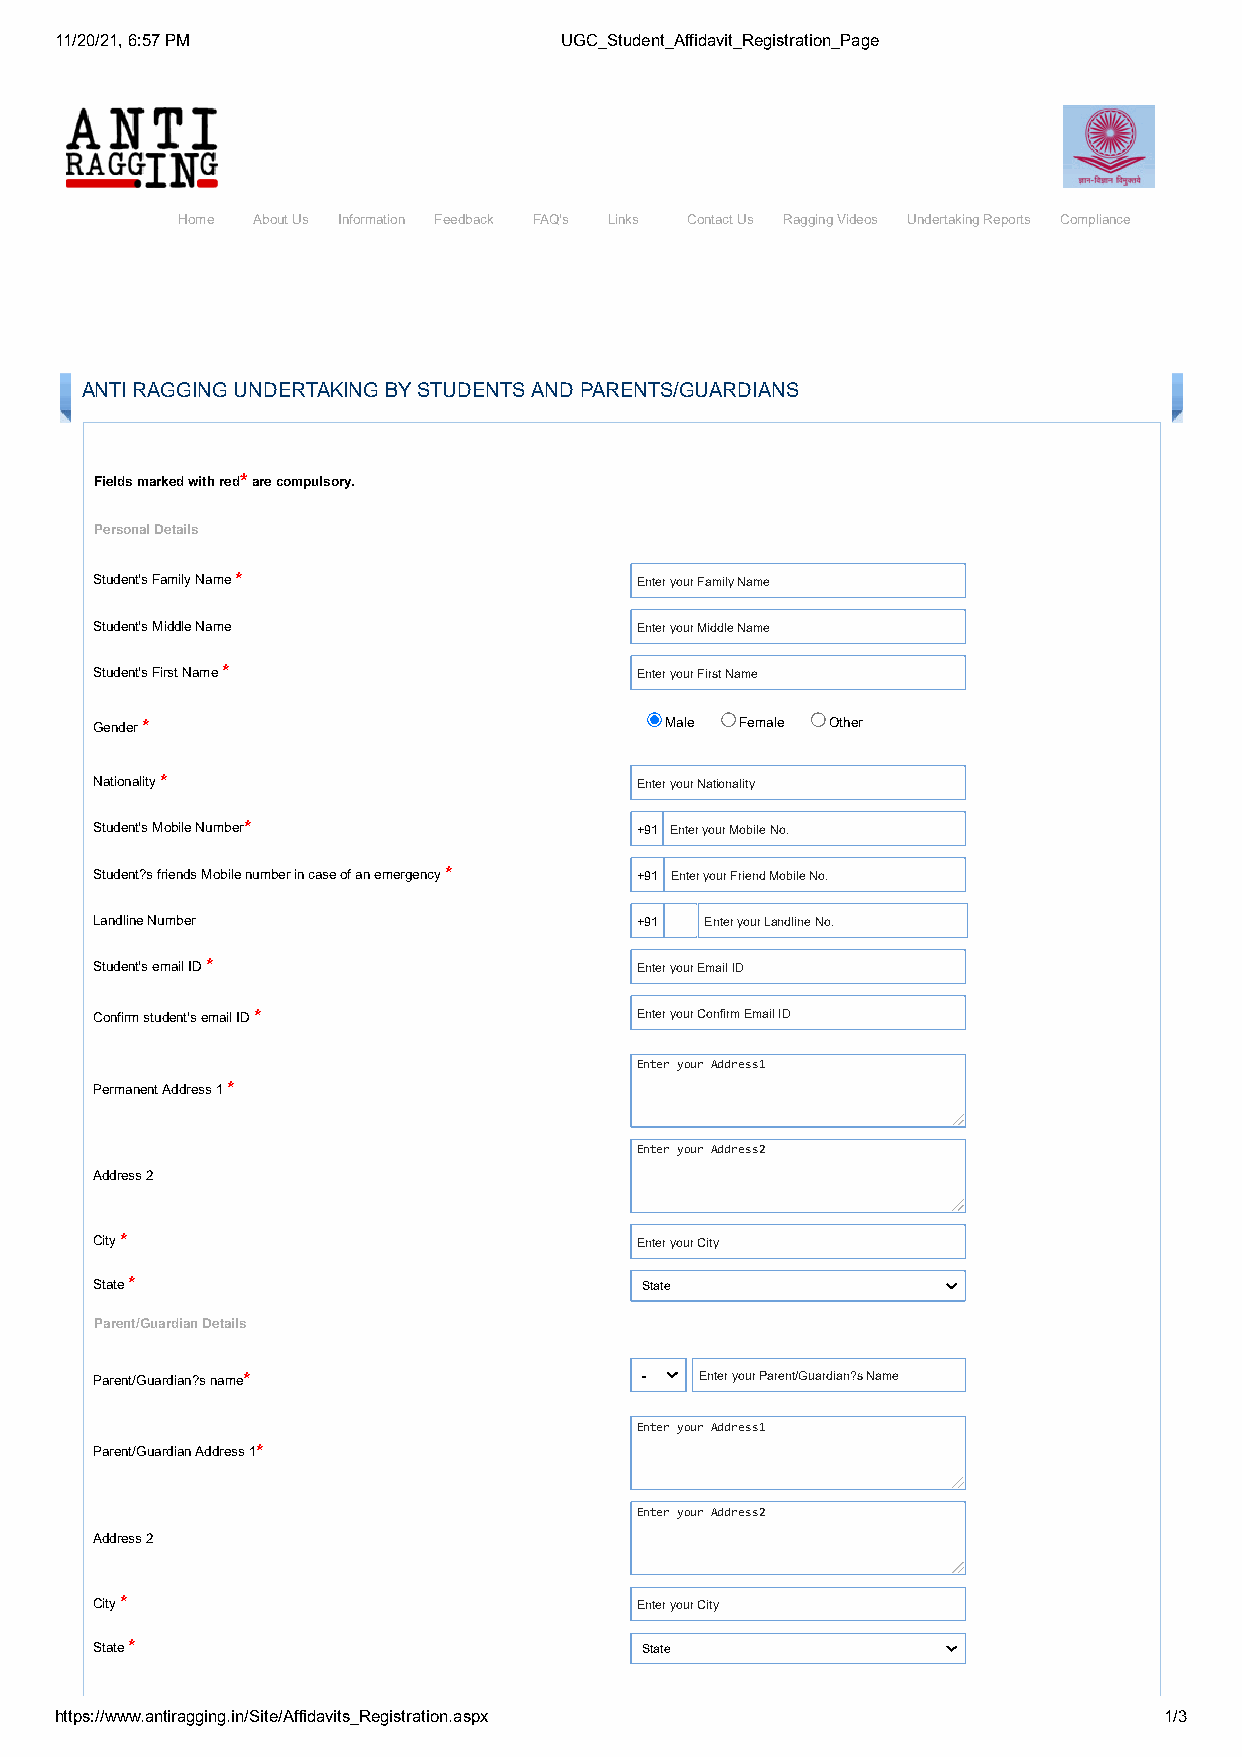
11/20/21, 6:57 PM                UGC_Student_Affidavit_Registration_Page
 Home About Us Information Feedback FAQ's Links Contact Us Ragging Videos Undertaking Reports Compliance
 ANTI RAGGING UNDERTAKING BY STUDENTS AND PARENTS/GUARDIANS
 Fields marked with red* are compulsory.
 Personal Details
 Student's Family Name *             Enter your Family Name
 Student's Middle Name               Enter your Middle Name
 Student's First Name *              Enter your First Name
 Gender *                              Male Female Other
 Nationality *                       Enter your Nationality
 Student's Mobile Number*            +91 Enter your Mobile No.
 Student?s friends Mobile number in case of an emergency * +91 Enter your Friend Mobile No.
 Landline Number                     +91  Enter your Landline No.
 Student's email ID *                Enter your Email ID
 Confirm student's email ID *        Enter your Confirm Email ID
 Enter your Address1
 Permanent Address 1 *
 Enter your Address2
 Address 2
 City *                              Enter your City
 State *                             State
 Parent/Guardian Details
 Parent/Guardian?s name*             -   Enter your Parent/Guardian?s Name
 Enter your Address1
 Parent/Guardian Address 1*
 Enter your Address2
 Address 2
 City *                              Enter your City
 State *                             State
 https://www.antiragging.in/Site/Affidavits_Registration.aspx             1/3